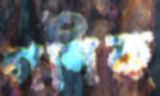
গণিক